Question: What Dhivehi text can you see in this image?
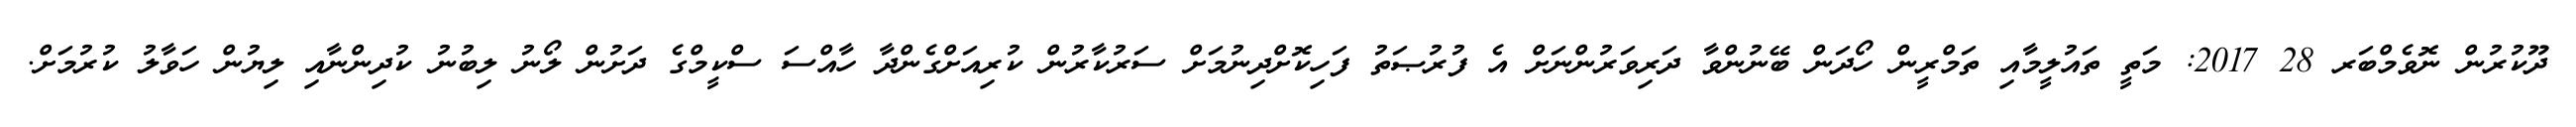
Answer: ދޫކުރުން ނޮވެމްބަރ 28 2017: މަތީ ތައުލީމާއި ތަމްރީން ހޯދަން ބޭނުންވާ ދަރިވަރުންނަށް އެ ފުރުޞަތު ފަހިކޮށްދިނުމަށް ސަރުކާރުން ކުރިއަށްގެންދާ ހާއްސަ ސްކީމްގެ ދަށުން ލޯނު ލިބުނު ކުދިންނާއި ލިޔުން ހަވާލު ކުރުމަށް.